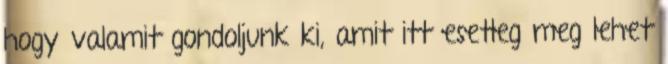
hogy valamit gondoljunk ki, amit itt esetleg meg lehet